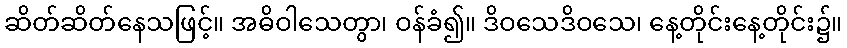
ဆိတ်ဆိတ်နေသဖြင့်။ အဓိဝါသေတွာ၊ ဝန်ခံ၍။ ဒိဝသေဒိဝသေ၊ နေ့တိုင်းနေ့တိုင်း၌။